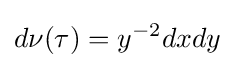
d\nu (\tau )=y^{-2}dxdy